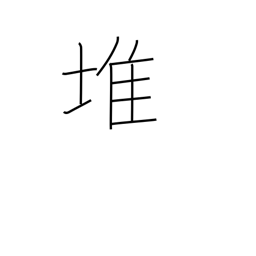
Meaning: piled high